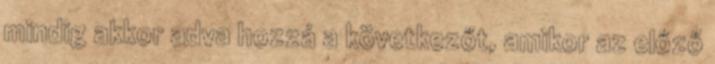
mindig akkor adva hozzá a következőt, amikor az előző